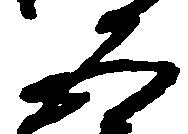
五